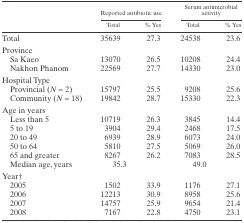
<table><thead><tr><td rowspan="2"></td><td colspan="2"><b>Reported antibiotic use</b></td><td colspan="2"><b>Serum antimicrobial activity</b></td></tr><tr><td><b>Total</b></td><td><b>% Yes</b></td><td><b>Total</b></td><td><b>% Yes</b></td></tr></thead><tbody><tr><td>Total</td><td>35639</td><td>27.3</td><td>24538</td><td>23.6</td></tr><tr><td>Province</td><td></td><td></td><td></td><td></td></tr><tr><td>Sa Kaeo</td><td>13070</td><td>26.5</td><td>10208</td><td>24.4</td></tr><tr><td>Nakhon Phanom</td><td>22569</td><td>27.7</td><td>14330</td><td>23.0</td></tr><tr><td>Hospital Type</td><td></td><td></td><td></td><td></td></tr><tr><td>Provincial (<i>N</i> = 2)</td><td>15797</td><td>25.5</td><td>9208</td><td>25.6</td></tr><tr><td>Community (<i>N</i> = 18)</td><td>19842</td><td>28.7</td><td>15330</td><td>22.3</td></tr><tr><td>Age in years</td><td></td><td></td><td></td><td></td></tr><tr><td>Less than 5</td><td>10719</td><td>26.3</td><td>3845</td><td>14.4</td></tr><tr><td>5 to 19</td><td>3904</td><td>29.4</td><td>2468</td><td>17.5</td></tr><tr><td>20 to 49</td><td>6939</td><td>28.9</td><td>6073</td><td>24.0</td></tr><tr><td>50 to 64</td><td>5810</td><td>27.5</td><td>5069</td><td>26.0</td></tr><tr><td>65 and greater</td><td>8267</td><td>26.2</td><td>7083</td><td>28.5</td></tr><tr><td>Median age, years</td><td>35.3</td><td></td><td>49.0</td><td></td></tr><tr><td>Year†</td><td></td><td></td><td></td><td></td></tr><tr><td>2005</td><td>1502</td><td>33.9</td><td>1176</td><td>27.1</td></tr><tr><td>2006</td><td>12213</td><td>30.9</td><td>8958</td><td>25.6</td></tr><tr><td>2007</td><td>14757</td><td>25.9</td><td>9654</td><td>21.4</td></tr><tr><td>2008</td><td>7167</td><td>22.8</td><td>4750</td><td>23.1</td></tr></tbody></table>